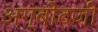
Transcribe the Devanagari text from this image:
अग्बोदजी